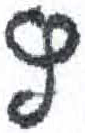
אות: ץ